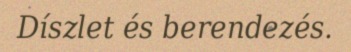
Díszlet és berendezés.